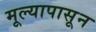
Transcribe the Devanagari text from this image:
मूल्यापासून